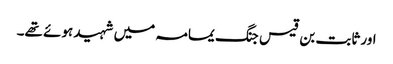
اور ثابت بن قیس جنگ یمامہ میں شہید ہوئے تھے۔